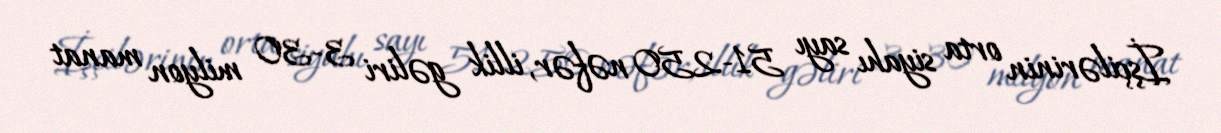
İşçilərinin orta siyahı sayı 51-250 nəfər, illik gəliri 3-30 milyon manat